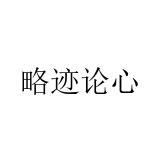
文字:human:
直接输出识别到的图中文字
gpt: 略迹论心